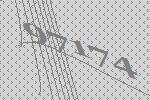
97174